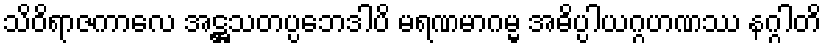
သိဝိရာဇကာလေ အဋ္ဌသတပ္ပဘေဒါပိ မရဏမာဂမ္မ အဓိပ္ပါယဂ္ဂဟဏဿ နဂ္ဂါတိ